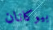
بيوكانان